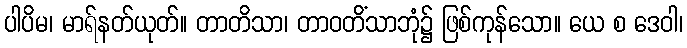
ပါပိမ၊ မာရ်နတ်ယုတ်။ တာတိသာ၊ တာဝတိံသာဘုံ၌ ဖြစ်ကုန်သော။ ယေ စ ဒေဝါ၊